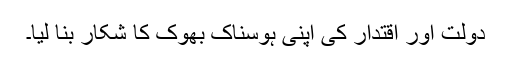
دولت اور اقتدار کی اپنی ہوسناک بھوک کا شکار بنا لیا۔